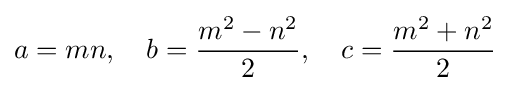
a=mn,\quad b={\frac {m^{2}-n^{2}}{2}},\quad c={\frac {m^{2}+n^{2}}{2}}